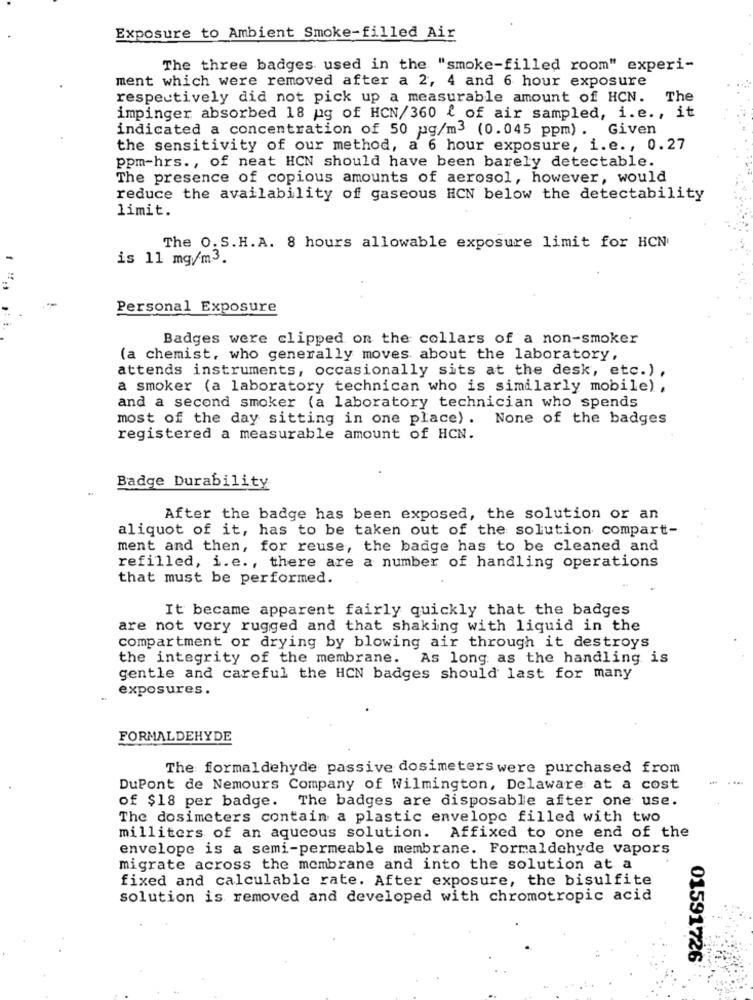
Exposure to Ambient Smoke-filled Air
The three badges used in the "smoke-filled room" experi-
ment which were removed after a 2, 4 and 6 hour exposure
respectively did not pick up a measurable amount of HCN. The
impinger absorbed 18 pg of HCN/360 { of air sampled, i.e ., it
indicated a concentration of 50 ug/m3 (0.045 ppm). Given
the sensitivity of our method, a 6 hour exposure, i.e ., 0.27
ppm-hrs ., of neat HCN should have been barely detectable.
The presence of copious amounts of aerosol, however, would
reduce the availability of gaseous HCN below the detectability
limit.
The O.S.H.A. 8 hours allowable exposure limit for HCN
is 11 mg/m3.
Personal Exposure
Badges were clipped on the collars of a non-smoker
(a chemist, who generally moves about the laboratory,
attends instruments, occasionally sits at the desk, etc.) ,
a smoker (a laboratory technican who is similarly mobile) ,
and a second smoker (a laboratory technician who spends
most of the day sitting in one place) . None of the badges
registered a measurable amount of HCN.
Badge Durability
After the badge has been exposed, the solution or an
aliquot of it, has to be taken out of the solution compart-
ment and then, for reuse, the badge has to be cleaned and
refilled, i.e ., there are a number of handling operations
that must be performed.
It became apparent fairly quickly that the badges
are not very rugged and that shaking with liquid in the
compartment or drying by blowing air through it destroys
the integrity of the membrane. As long as the handling is
gentle and careful the HCN badges should last for many
exposures .
FORMALDEHYDE
The formaldehyde passive dosimeters were purchased from
. ...
DuPont de Nemours Company of Wilmington, Delaware at a cost
of $18 per badge. The badges are disposable after one use.
The dosimeters contain a plastic envelope filled with two
milliters of an aqueous solution. Affixed to one end of the
envelope is a semi-permeable membrane. Formaldehyde vapors
migrate across the membrane and into the solution at a
fixed and calculable rate. After exposure, the bisulfite
solution is removed and developed with chromotropic acid
01591726